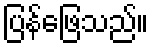
ပြန်ဖြေသည်။